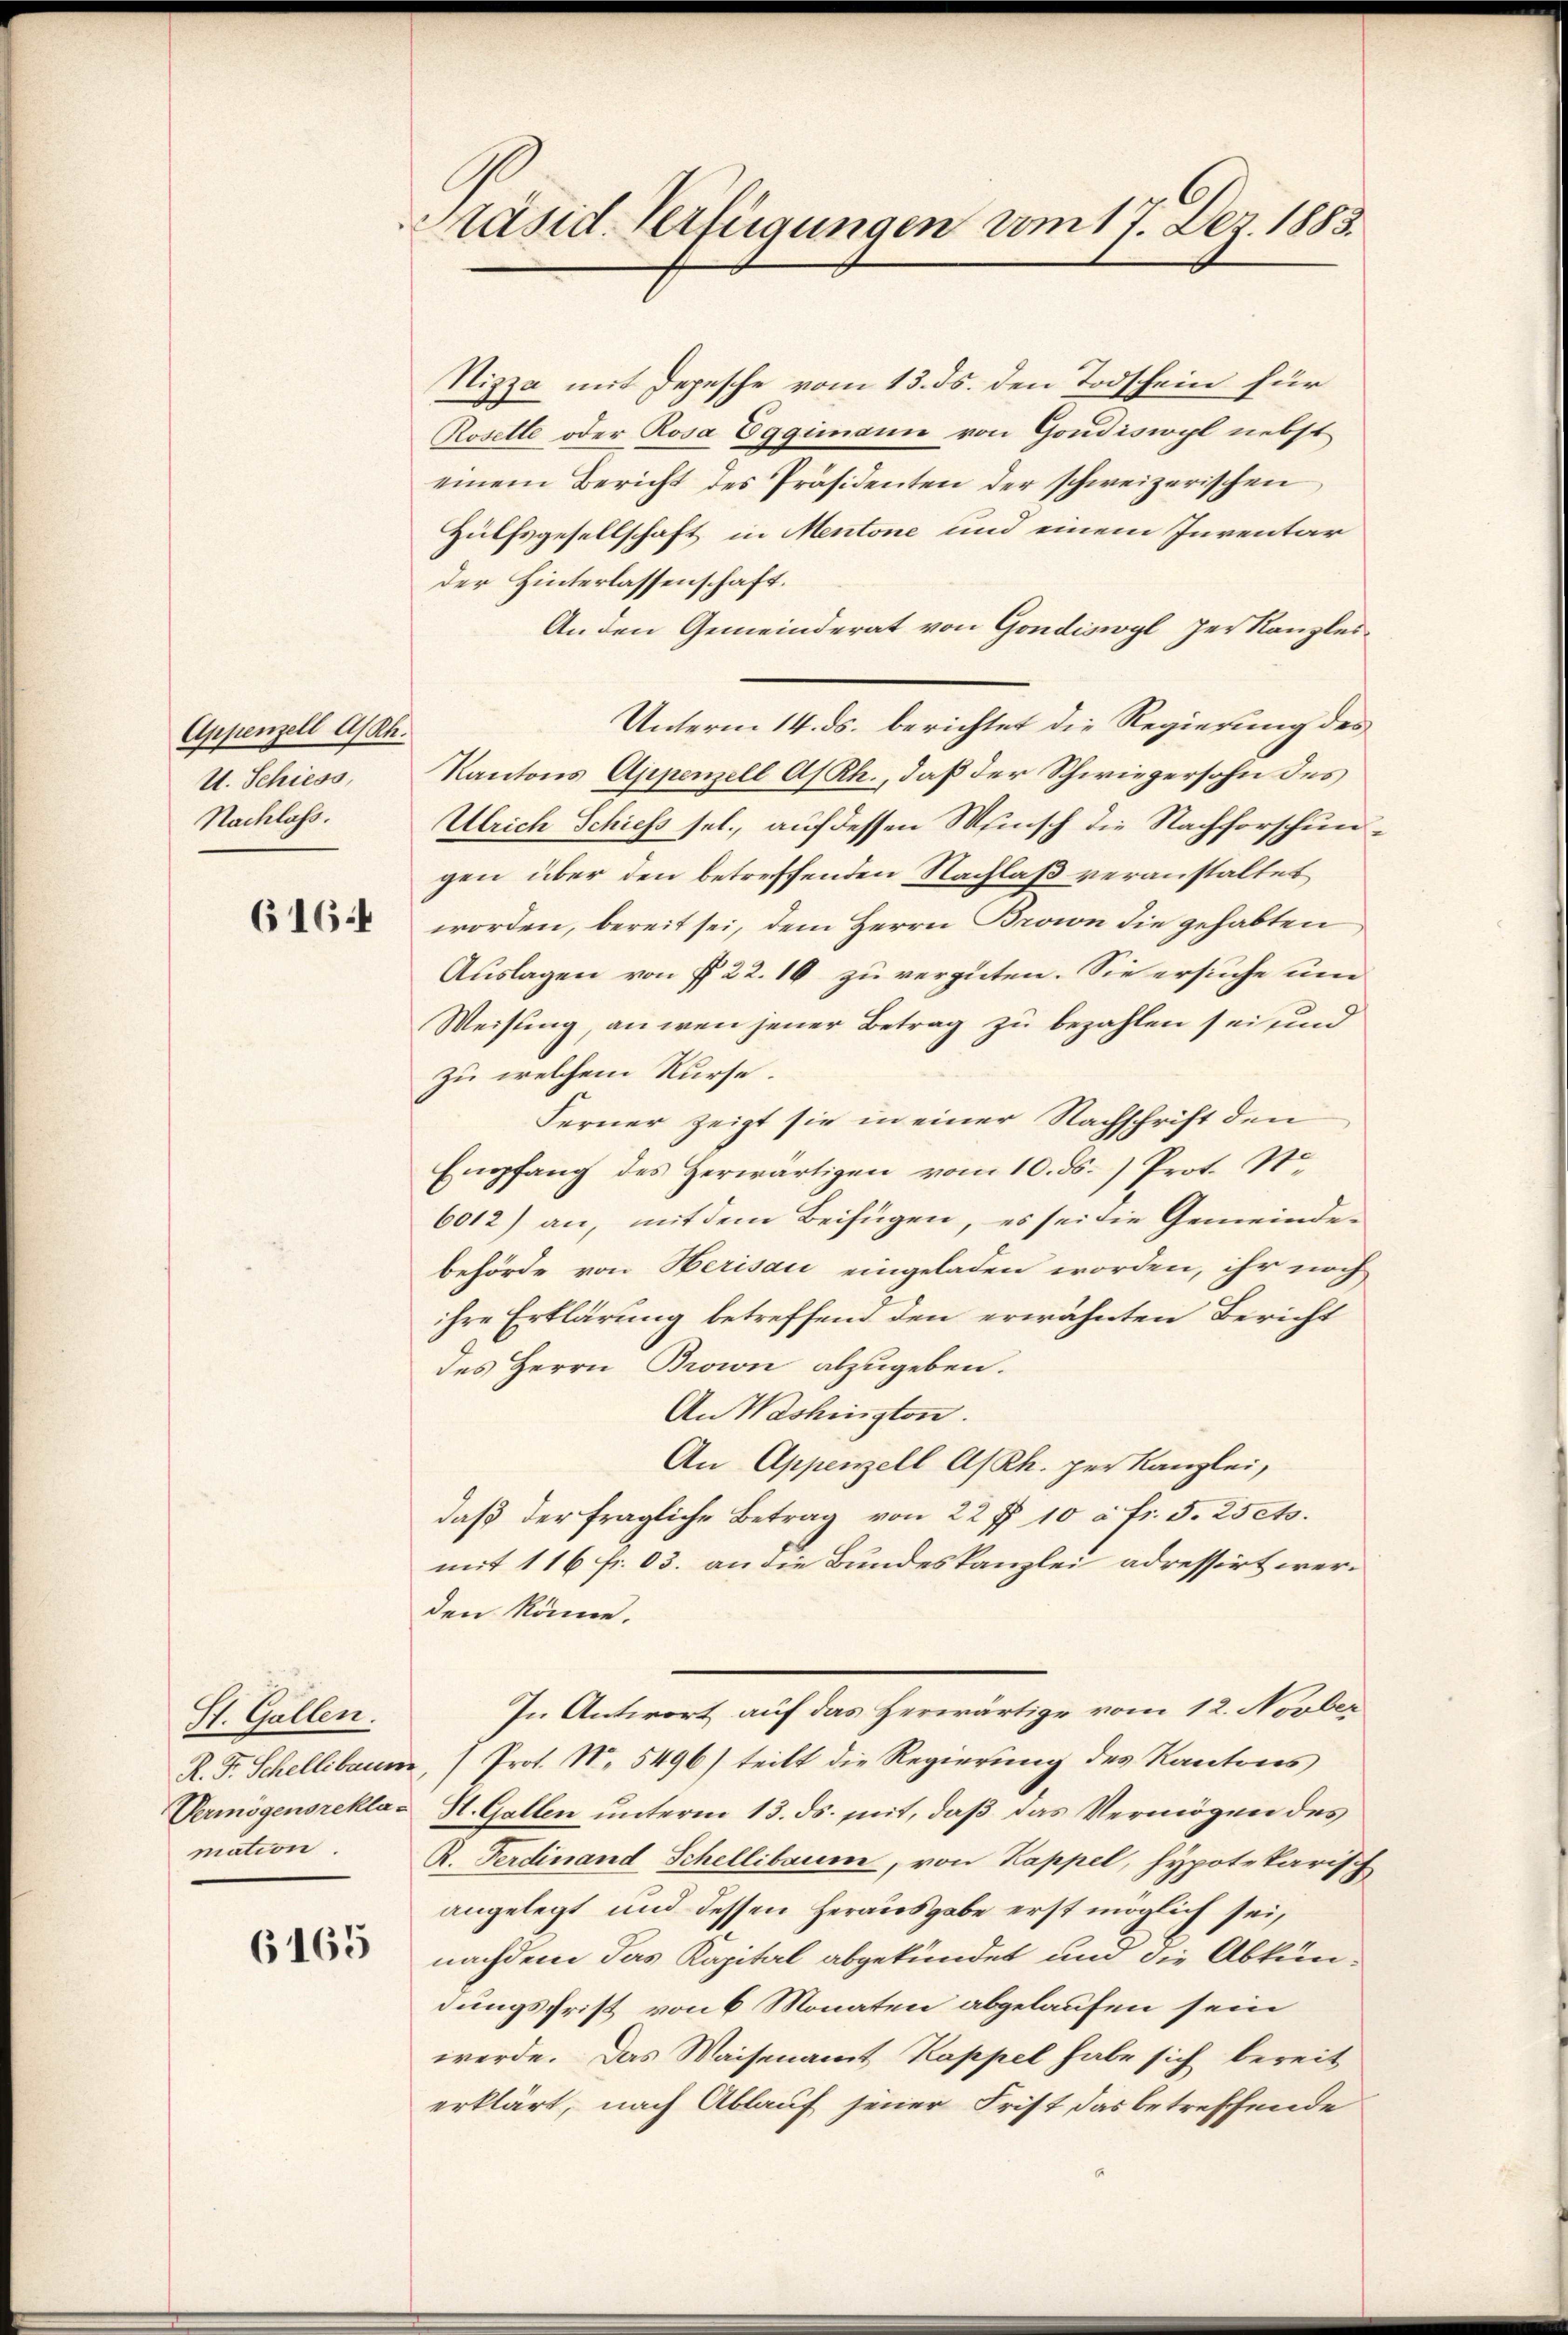
Appenzell A/Rh.
U. Schiess,
Nachlass.

6164

St. Gallen.
Vermögensreklamation.

6165

Präsid. Verfügungen vom 17. Dez. 1883.

Nizza mit Depesche vom 13. ds. den Todschein für
Rosette oder Rosa Eggimann von Goudiswyl nebst
einem Bericht des Präsidenten der schweizerischen
Hülfsgesellschaft in Mentone und einem Inventar
der Hinterlassenschaft.
Anden Gemeinderat von Gondiswyl zerkanzlei¬
Unterm 14. ds. berichtet die Regierung des
Kantons Appenzell A/Rh., daß der Schwiegersohn des
Ulrich Schiess sel., auf dessen Wunsch die Nachforschungen über den betreffenden Nachlaß veranstaltet
worden, bereit sei, dem Herrn Broin die gehabten
Auslagen von § 22. 16 zu vergüten. Sie ersuche um
Weisung, an wenn jener Betrag zu bezahlen sei und
zu welchem Kurse.
Ferner zeigt sie in einer Nachschrift den
Empfang des Herwärtigen vom 10. ds.) Prot. St
6012) an, mit dem Beifügen, es sei die Gemeindebehörde von Herisau eingeladen worden, ihr noch
ihre Erklärung betreffend den erwähnten Bericht
des Herrn Brown abzugeben.
An Washington.
An Appenzell A/Rh. per Kanzlei,
daß der fragliche Betrag von 22 ff. 10 c. fr. 5. 25eto.
mit 116 fr. 03. an die Bundeskanzlei adressirt werden könne.
In Antwort auf das Herwärtige vom 12. Novber
R. F. Schellibaum, (Prot. N. 5496) teilt die Regierung des Kantons
St. Gallen unterm 13. ds. mit, daß das Vermögen des
R. Ferdinand Schellibaum, von Kappel, hypotekarisch
angelegt und dessen herausgabe erst möglich sei,
nachdem das Kapital abgekündet und die Abkundungsfrist von 6 Monaten abgelaufen sein
werde. Das Waisenamt Kappel habe sich bereit
erklärt, nach Ablauf jener Frist das betreffende